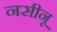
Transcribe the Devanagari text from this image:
नसीनू